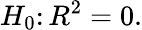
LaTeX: H_{0}\colon R^{2}=0.